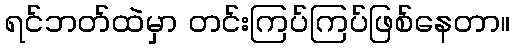
ရင်ဘတ်ထဲမှာ တင်းကြပ်ကြပ်ဖြစ်နေတာ။